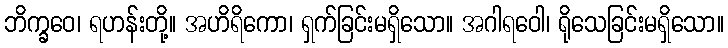
ဘိက္ခဝေ၊ ရဟန်းတို့။ အဟိရိကော၊ ရှက်ခြင်းမရှိသော။ အဂါရဝေါ၊ ရိုသေခြင်းမရှိသော။